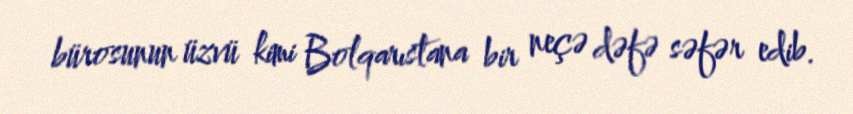
bürosunun üzvü kimi Bolqarıstana bir neçə dəfə səfər edib.